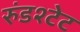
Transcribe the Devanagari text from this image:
रुंडश्टेट